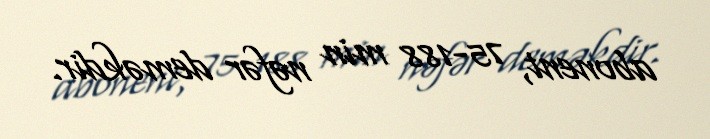
abonent, 75-188 min nəfər deməkdir.